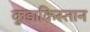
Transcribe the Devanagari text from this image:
कुडाकिस्तान